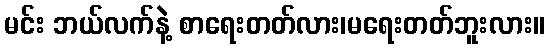
မင်း ဘယ်လက်နဲ့ စာရေးတတ်လား၊မရေးတတ်ဘူးလား။